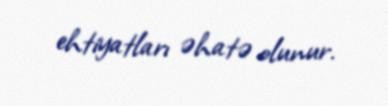
ehtiyatları əhatə olunur.